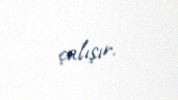
çalışır.